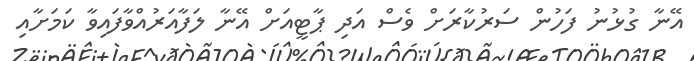
އޭނާ ގުޅުނު ފަހުން ސަރުކާރަށް ވެސް އަދި ޕާޓީއަށް އޭނާ ލަފާއަރުއްވާފައިވާ ކަމަށާއި